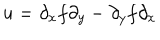
u = \partial _ { x } f \partial _ { y } - \partial _ { y } f \partial _ { x }